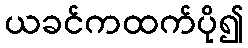
ယခင်ကထက်ပို၍